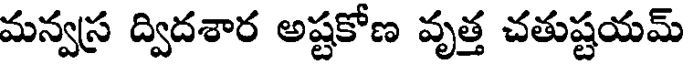
మన్వస్ర ద్విదశార అష్టకోణ వృత్త చతుష్టయమ్